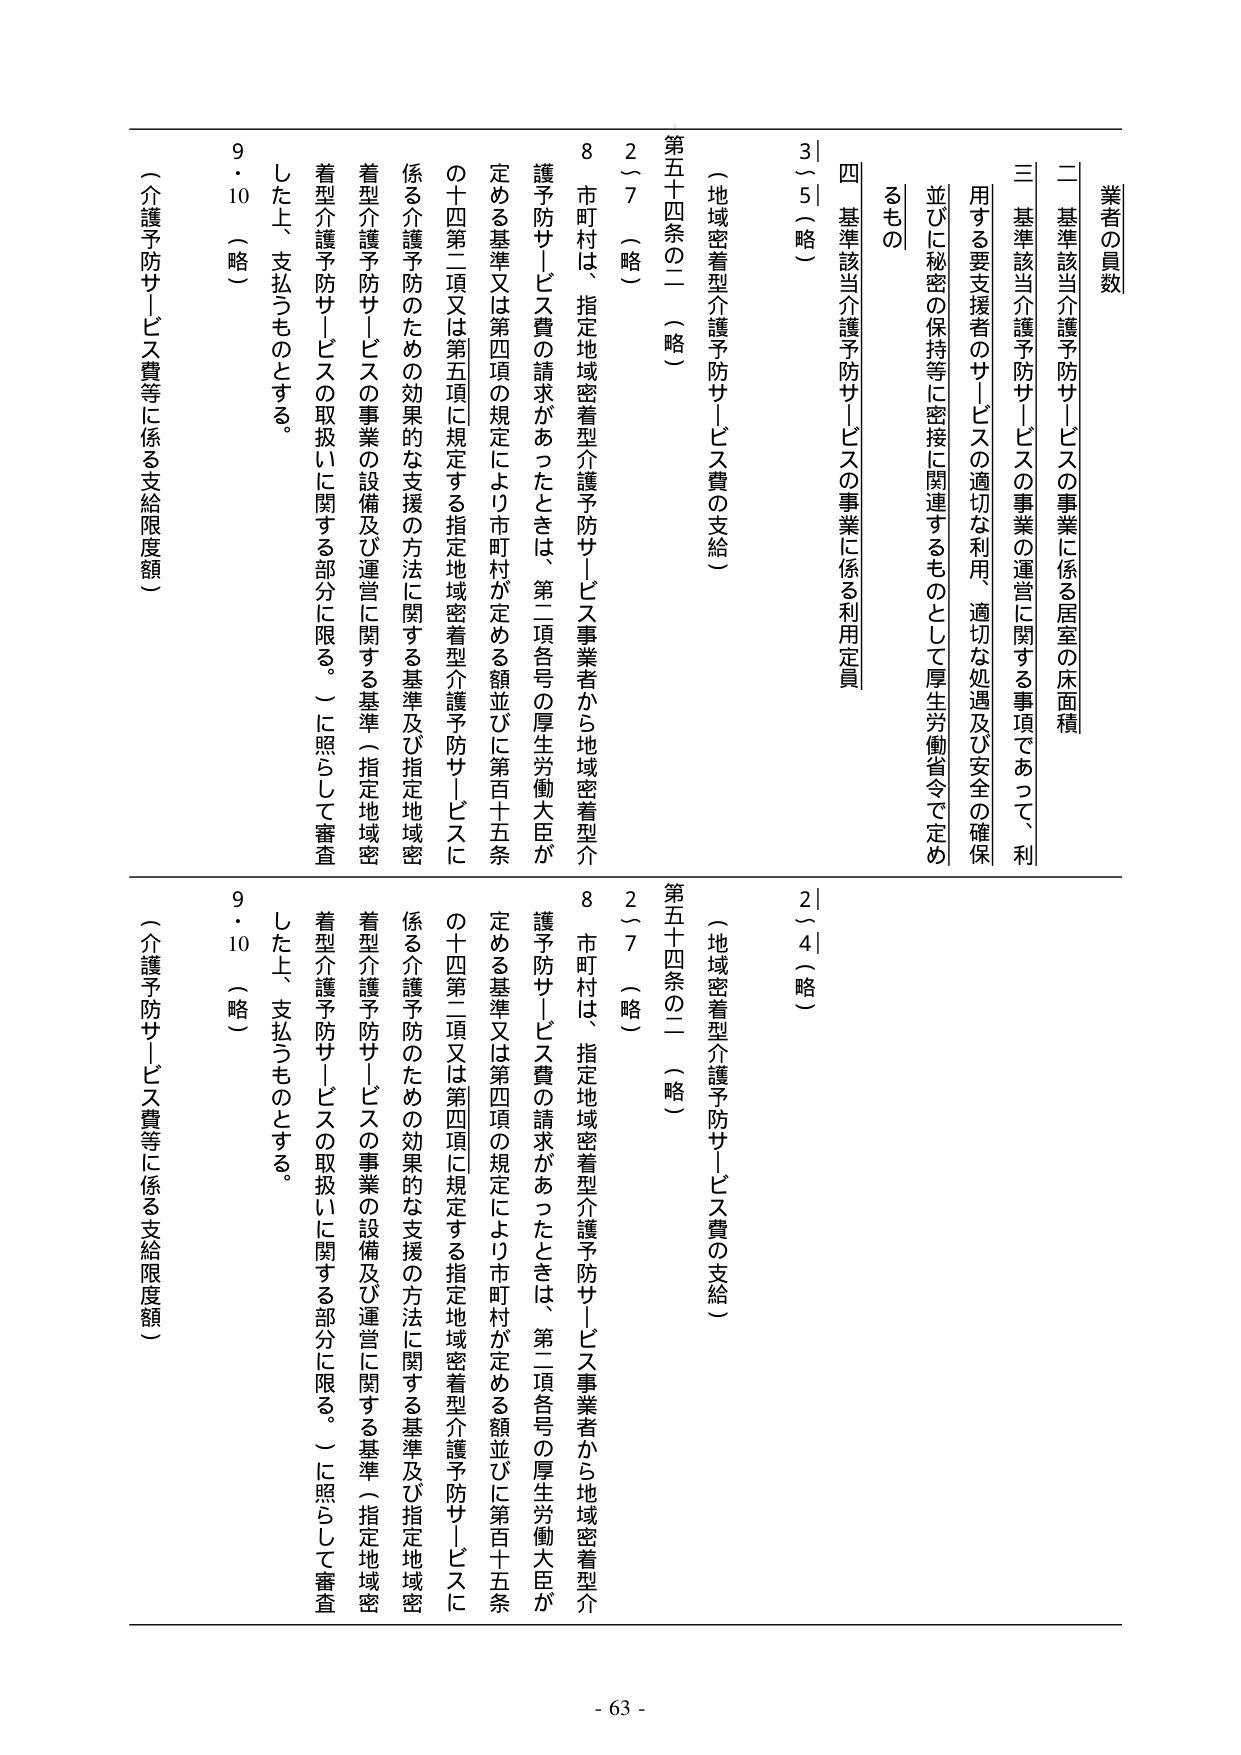
業者の員数
二 基準該当介護予防サービスの事業に係る居室の床面積
三 基準該当介護予防サービスの事業の運営に関する事項であって、利用する要支援者のサービスの適切な利用、適切な処遇及び安全の確保並びに秘密の保持等に密接に関連するものとして厚生労働省令で定めるもの
四 基準該当介護予防サービスの事業に係る利用定員
3｜5（略）
（地域密着型介護予防サービス費の支給）
第五十四条の二（略）
2～7（略）
8 市町村は、指定地域密着型介護予防サービス事業者から地域密着型介護予防サービス費の請求があったときは、第二項各号の厚生労働大臣が定める基準又は第四項の規定により市町村が定める額並びに第百十五条の十四第二項又は第五項に規定する指定地域密着型介護予防サービスに係る介護予防のための効果的な支援の方法に関する基準及び指定地域密着型介護予防サービスの事業の設備及び運営に関する基準（指定地域密着型介護予防サービスの取扱いに関する部分に限る。）に照らして審査した上、支払うものとする。
9・10（略）
（介護予防サービス費等に係る支給限度額）
2｜4（略）
（地域密着型介護予防サービス費の支給）
第五十四条の二（略）
2～7（略）
8 市町村は、指定地域密着型介護予防サービス事業者から地域密着型介護予防サービス費の請求があったときは、第二項各号の厚生労働大臣が定める基準又は第四項の規定により市町村が定める額並びに第百十五条の十四第二項又は第五項に規定する指定地域密着型介護予防サービスに係る介護予防のための効果的な支援の方法に関する基準及び指定地域密着型介護予防サービスの事業の設備及び運営に関する基準（指定地域密着型介護予防サービスの取扱いに関する部分に限る。）に照らして審査した上、支払うものとする。
9・10（略）
（介護予防サービス費等に係る支給限度額）
- 63 -